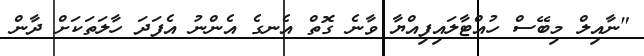
"ނާއިލް މިބޭސް ހުއްޓާލައިފިއްޔާ ވާނެ ގޮތް އެނގެ އެންނު އެފަދަ ހާލަތަކަށް ދާން